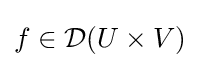
f\in {\mathcal {D}}(U\times V)